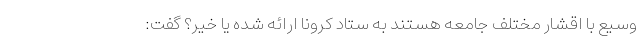
وسیع با اقشار مختلف جامعه هستند به ستاد کرونا ارائه شده یا خیر؟ گفت: